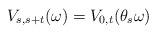
LaTeX: \begin{align*}V_{s,s+t}(\omega) = V_{0,t}(\theta_s \omega)\end{align*}